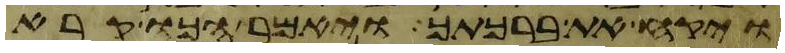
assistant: ויקח את ברכתך ויאמר הכו קרא